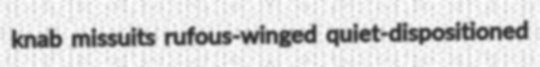
knab missuits rufous-winged quiet-dispositioned